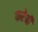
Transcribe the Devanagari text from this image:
फरेबी